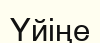
Үйіңе